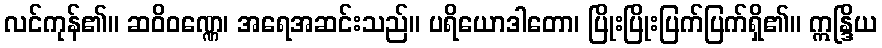
လင်ကုန်၏။ ဆဝိဝဏ္ဏေ၊ အရေအဆင်းသည်။ ပရိယောဒါတော၊ ပြိုးပြိုးပြက်ပြက်ရှိ၏။ ဣန္ဒြိယ